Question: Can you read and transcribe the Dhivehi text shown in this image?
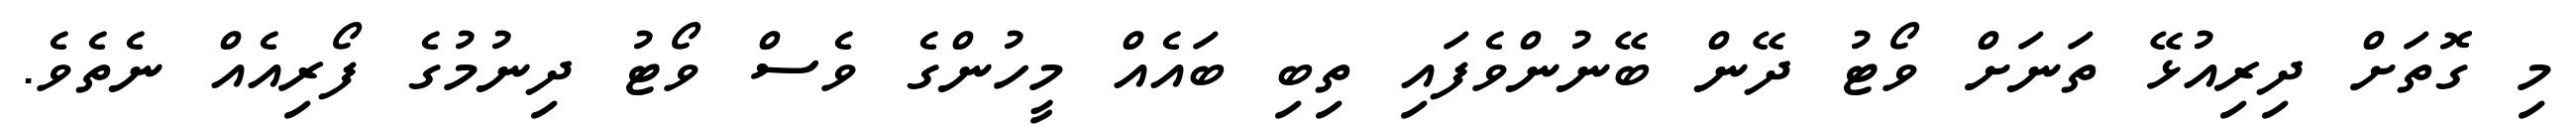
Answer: މި ގޮތަށް ދިރިއުޅޭ ތަނަށް ވޯޓު ދޭން ބޭނުންވެފައި ތިބި ބައެއް މީހުންގެ ވެސް ވޯޓު ދިނުމުގެ ފޯރިއެއް ނެތެވެ.